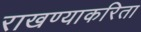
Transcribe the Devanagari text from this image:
राखण्याकरिता